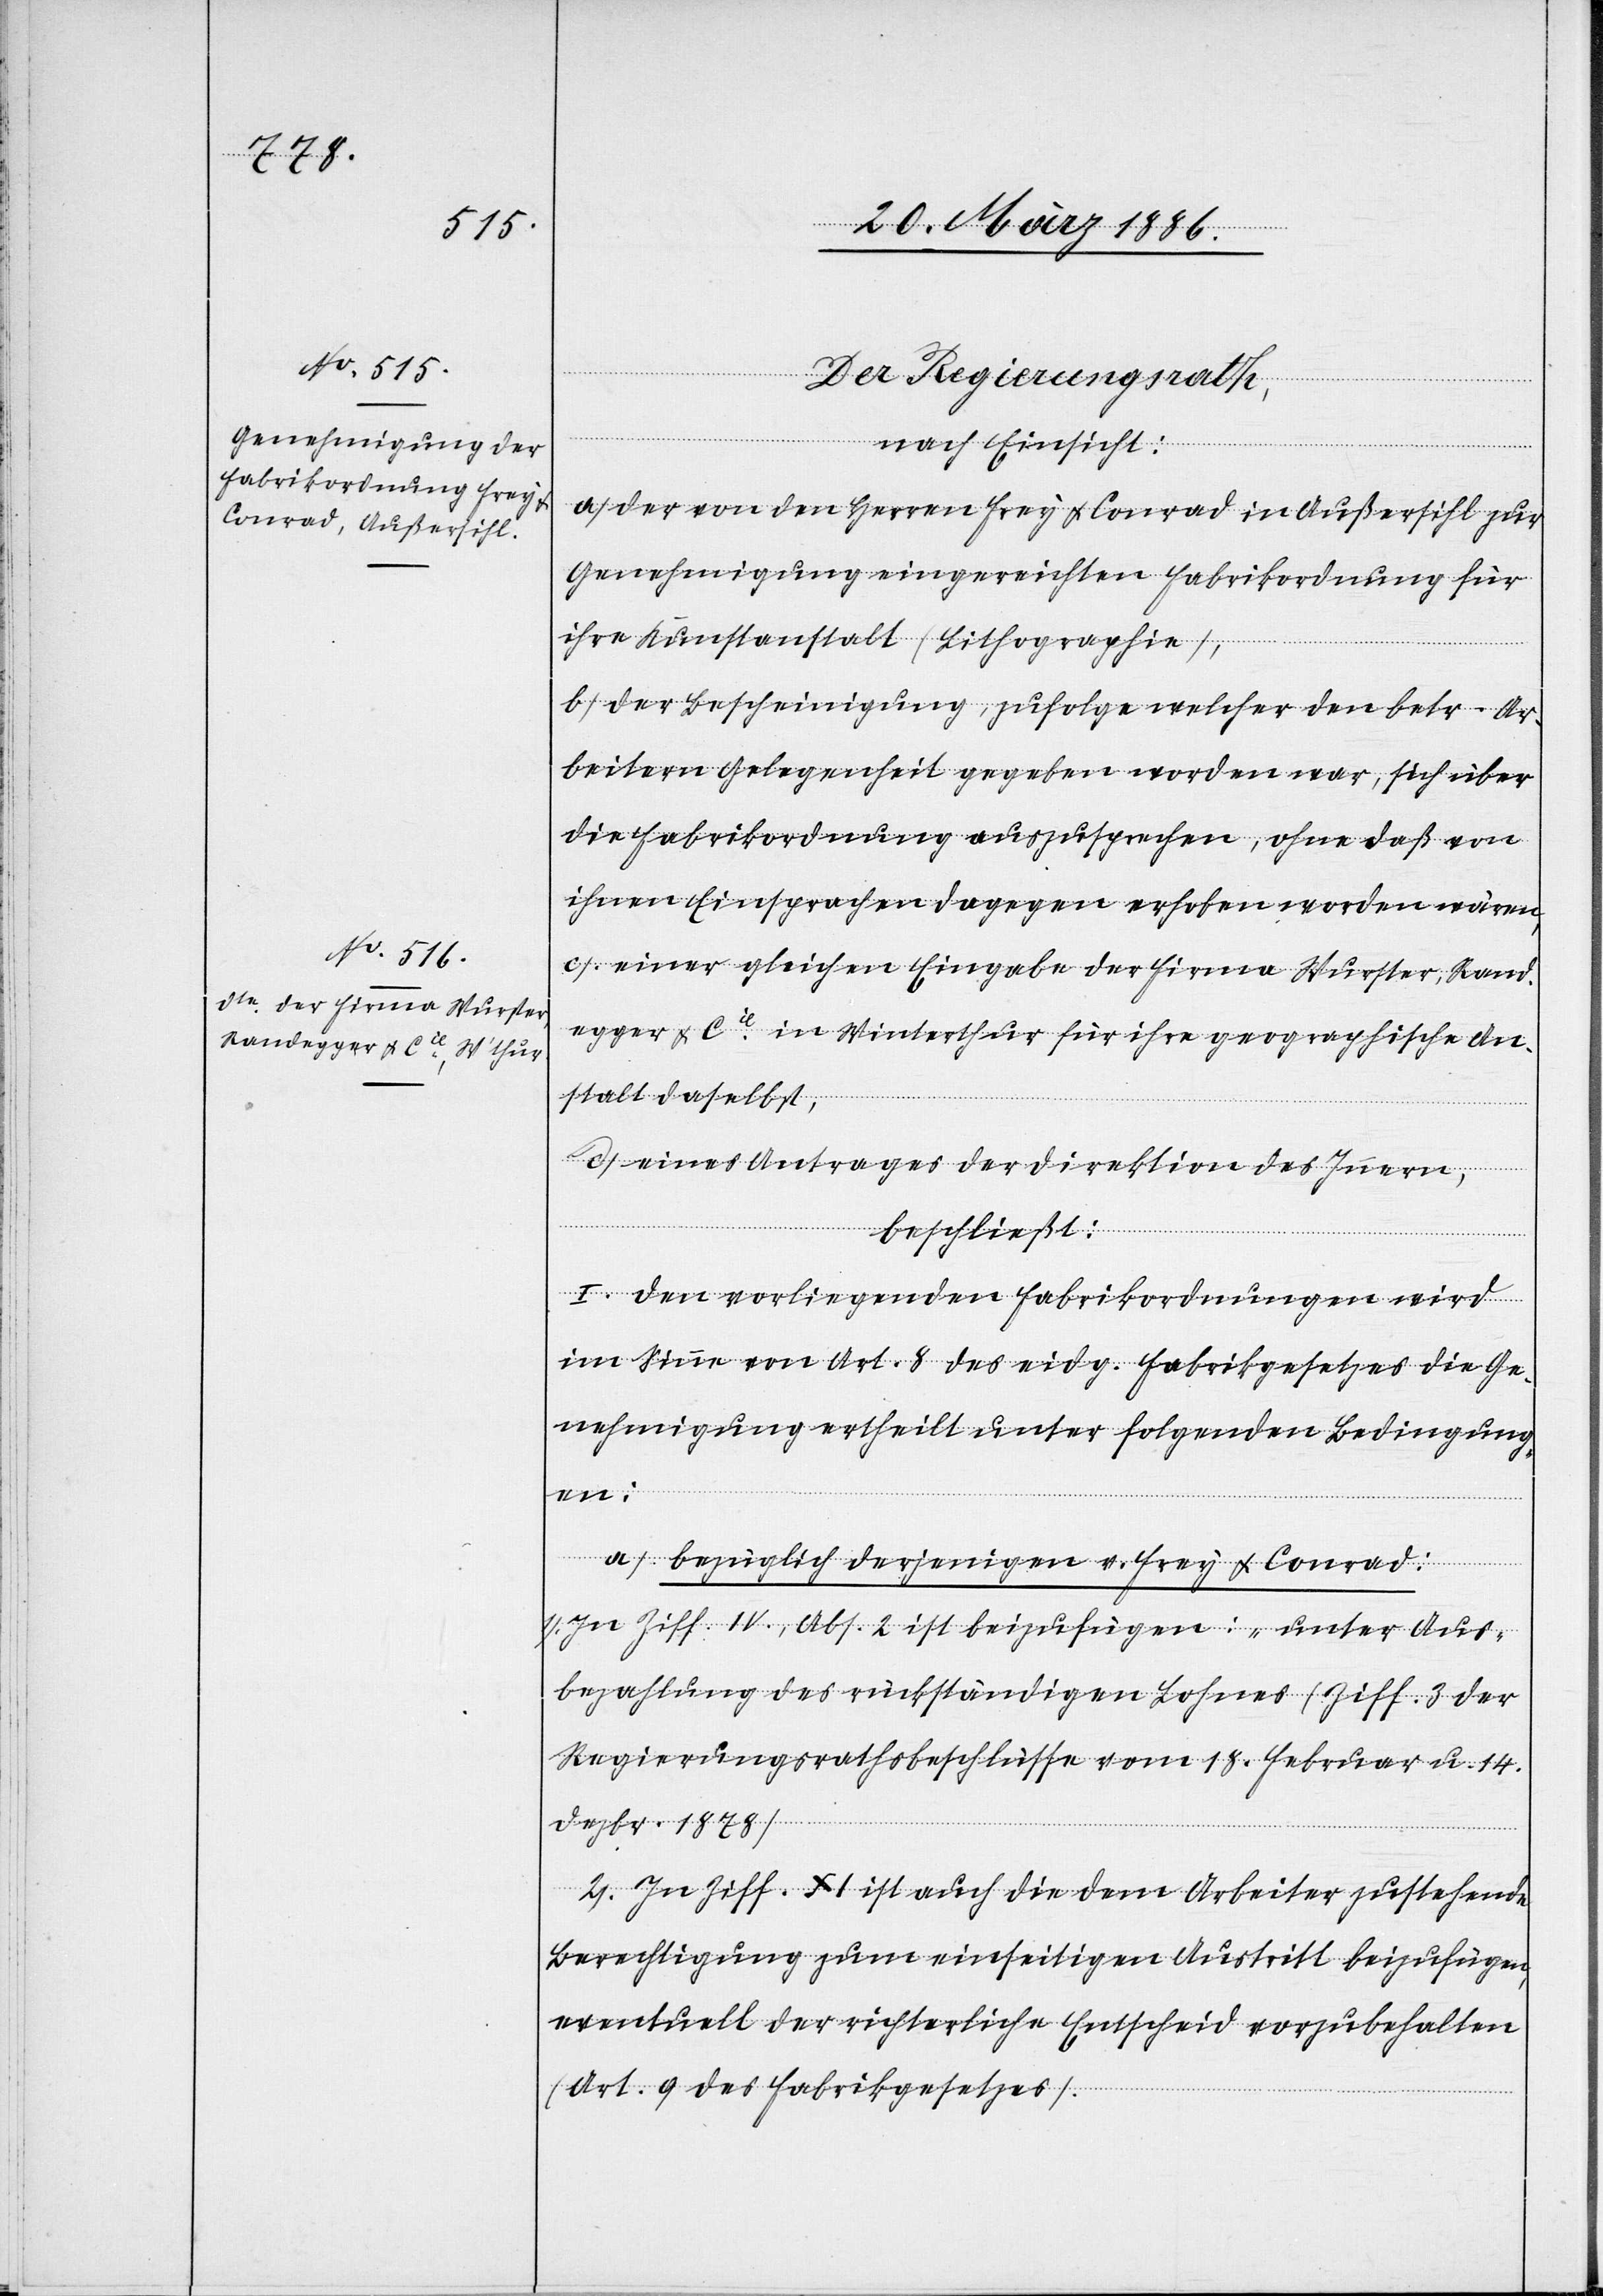
Der Regierungsrath,
nach Einsicht:
a) Der von den Herren Frey & Conrad in Außersihl zur
Genehmigung eingereichten Fabrikordnung für
ihre Kunstanstalt (Litographie),
b) der Bescheinigung, zufolge welcher den betr. Ar¬
beitern Gelegenheit gegeben worden war, sich über
die Fabrikordnung auszusprechen, ohne daß von
ihnen Einsprachen dagegen erhoben worden wären,
c) einer gleichen Eingabe der Firma Wurster, Rand¬
egger & Cie. in Winterthur, für ihre geographische An¬
stalt daselbst,
d) eines Antrags der Direktion des Innern,
beschließt:
I. Den vorliegenden Fabrikordnungen wird
im Sinne von Art. 8 des eidg. Fabrikgesetzes die Ge¬
nehmigung ertheilt, unter folgenden Bedingung¬
en:
a) bezüglich derjenigen v. Frey & Conrad:
in Ziff. IV, Abs. 2 ist beizufügen: „Unter Aus¬
bezahlung des rückständigen Lohnes“ (Ziff. 3 der
Regierungsrathsbeschlüsse vom 18. Februar u. 14.
Dezbr. 1878).
2). In Ziff. XI ist auch die dem Arbeiter zustehende
Berechtigung zum einseitigen Austritt beizufügen,
eventuell der richterliche Entscheid vorzubehalten
(Art. 9 des Fabrikgesetzes).